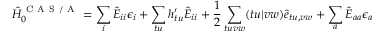
\hat { H } _ { 0 } ^ { \mathrm { ~ C ~ A ~ S ~ / ~ A ~ } } = \sum _ { i } \hat { E } _ { i i } \epsilon _ { i } + \sum _ { t u } h _ { t u } ^ { \prime } \hat { E } _ { i i } + \frac { 1 } { 2 } \sum _ { t u v w } ( t u | v w ) \hat { e } _ { t u , v w } + \sum _ { a } \hat { E } _ { a a } \epsilon _ { a }